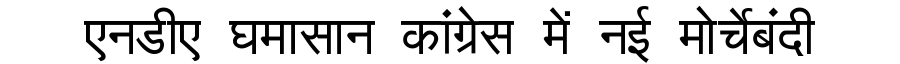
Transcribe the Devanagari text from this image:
एनडीए घमासान कांग्रेस में नई मोर्चेबंदी